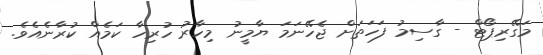
މަގޭރިޕޯޓް - ގާސިމު ފަހަތަށް ޖެހޭނަމަ ޔާމީނު މިހާރު ހުރިހާ ކަމެއް ކުރާނެއެވެ.